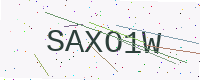
Text: SAXO1W